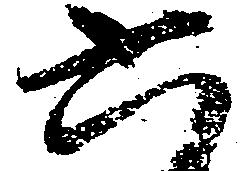
六